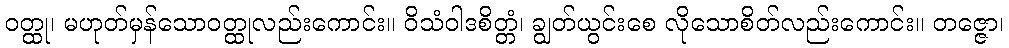
ဝတ္ထု၊ မဟုတ်မှန်သောဝတ္ထုလည်းကောင်း။ ဝိသံဝါဒစိတ္တံ၊ ချွတ်ယွင်းစေ လိုသောစိတ်လည်းကောင်း။ တဇ္ဇော၊